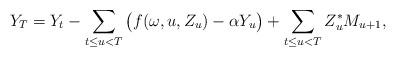
LaTeX: \begin{align*}Y_T = Y_t - \sum_{t \leq u < T} \big( f(\omega,u,Z_u) - \alpha Y_u \big) + \sum_{t \leq u < T} Z_u^{\ast}M_{u+1},\end{align*}